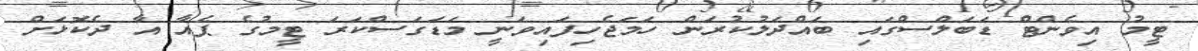
ޓީމު އިވެންޓް ޑަބަލްސްގައި ބައްދަލުކުރަން ހަމަޖެހިފައިވަނީ މަޑަގަސްކަރަ ޓީމުގެ ޕެއާ އާ ދެކޮޅަށް